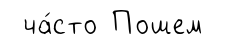
ча́сто Пошем